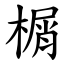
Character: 榍